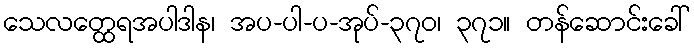
သေလတ္ထေရအပါဒါန၊ အပ-ပါ-ပ-အုပ်-၃၇၀၊ ၃၇၁။ တန်ဆောင်းခေါ်